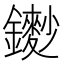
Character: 𨮽